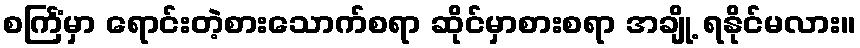
စင်္ကြံမှာ ရောင်းတဲ့စားသောက်စရာ ဆိုင်မှာစားစရာ အချို့ ရနိုင်မလား။